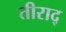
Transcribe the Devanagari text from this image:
तीराद्